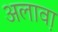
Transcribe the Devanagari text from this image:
अलाव़ा